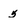
Character: 5